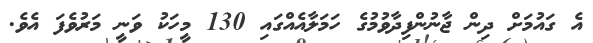
އެ ގައުމަށް ދިން ޖާނުންފިދާވުމުގެ ހަމަލާއެއްގައި 130 މީހަކު ވަނީ މަރުވެފަ އެވެ.